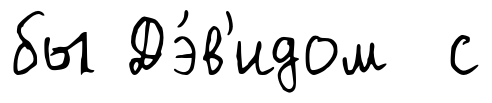
бы Дэ́в'идом с